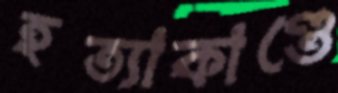
হত্যাকাণ্ডে